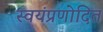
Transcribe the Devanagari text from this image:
स्वयंप्रणोदित